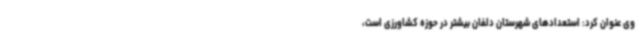
وی عنوان کرد: استعدادهای شهرستان دلفان بیشتر در حوزه کشاورزی است،